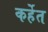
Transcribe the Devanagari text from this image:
कर्हेत